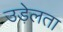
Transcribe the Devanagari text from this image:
उड़ेलता